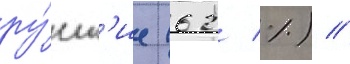
ру́сск'ие (62 %) //